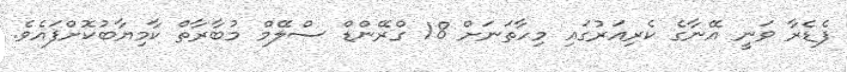
ފެޑެރާ ވަނީ އޭނާގެ ކެރިއަރުގައި މިހާތަނަށް 18 ގްރޭންޑް ސްލޭމް މުބާރާތް ކާމިޔާބުކޮށްފައެވެ.